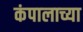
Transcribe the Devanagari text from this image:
कंपालाच्या